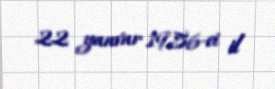
22 yanvar 1956-ci il